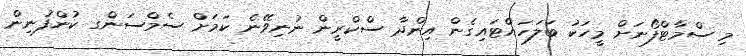
މި ސްމާޓްފޯނަށް މީހަކު ބަލަހައްޓައިގެން އިންދާ ސްކްރީން ނުނިވޭނެ ކަމަށް ސެމްސަންގ ކުންފުނިން